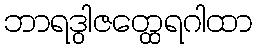
ဘာရဒွါဇတ္ထေရဂါထာ